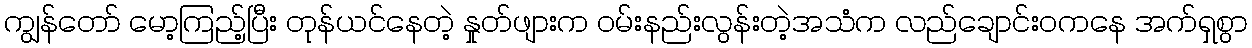
ကျွန်တော် မော့ကြည့်ပြီး တုန်ယင်နေတဲ့ နှုတ်ဖျားက ဝမ်းနည်းလွန်းတဲ့အသံက လည်ချောင်းဝကနေ အက်ရှစွာ